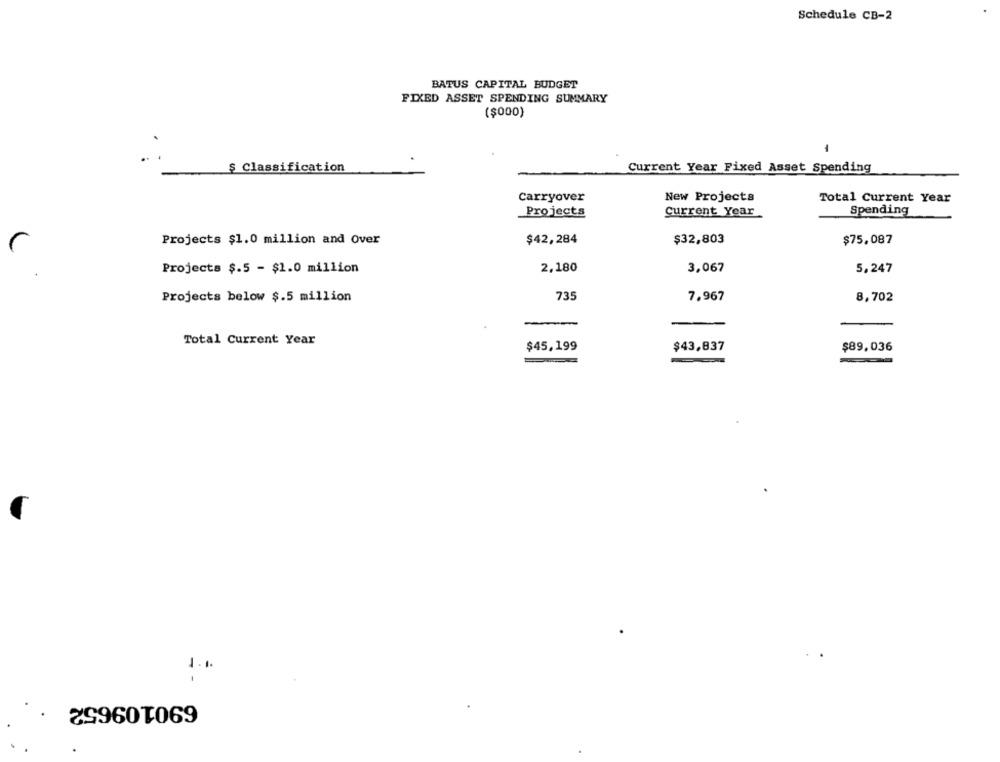
Schedule CB-2
BATUS CAPITAL BUDGET
FIXED ASSET SPENDING SUMMARY
($000)
$ Classification
Current Year Fixed Asset Spending
Carryover
New Projects
Total Current Year
_Projects
Current Year
Spending
Projects $1.0 million and Over
$42,284
$32,803
$75,087
Projects $.5 - $1.0 million
2,180
3,067
5,247
Projects below $.5 million
735
7,967
8,702
Total Current Year
$45,199
$43,837
$89,036
1 .1.
690109652